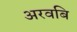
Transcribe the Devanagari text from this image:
अरवबि